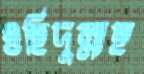
ওহিদুল্লাহ